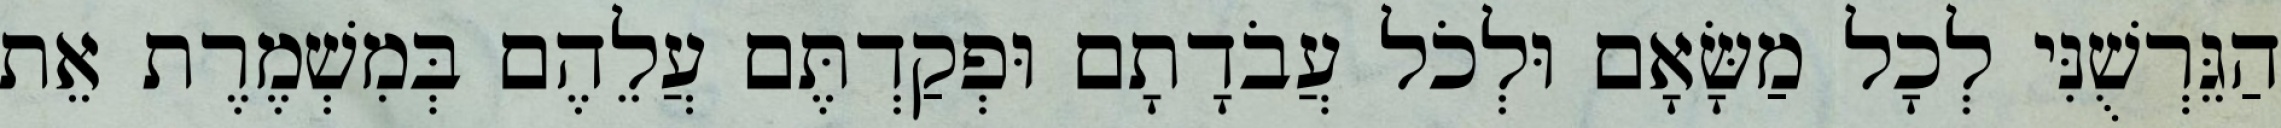
הַגֵּרְשֻׁנִּי לְכָל מַשָּׂאָם וּלְכֹל עֲבֹדָתָם וּפְקַדְתֶּם עֲלֵהֶם בְּמִשְׁמֶרֶת אֵת